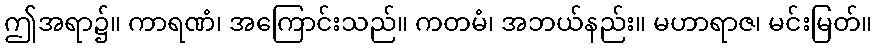
ဤအရာ၌။ ကာရဏံ၊ အကြောင်းသည်။ ကတမံ၊ အဘယ်နည်း။ မဟာရာဇ၊ မင်းမြတ်။